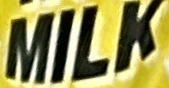
MILK